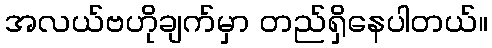
အလယ်ဗဟိုချက်မှာ တည်ရှိနေပါတယ်။